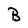
Character: B